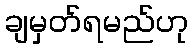
ချမှတ်ရမည်ဟု